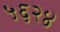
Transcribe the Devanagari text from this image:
५६२४